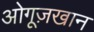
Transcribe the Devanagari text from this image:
ओगूज़खान